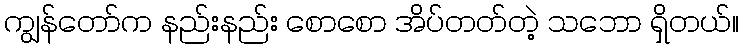
ကျွန်တော်က နည်းနည်း စောစော အိပ်တတ်တဲ့ သဘော ရှိတယ်။